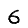
Digit: 6